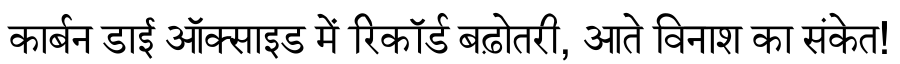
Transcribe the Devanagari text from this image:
कार्बन डाई ऑक्साइड में रिकॉर्ड बढ़ोतरी, आते विनाश का संकेत!